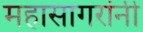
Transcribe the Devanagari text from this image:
महासागरांनी